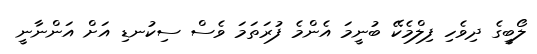
ލޯބީގެ ދިވެހި ފިލްމެކޭ ބުނީމަ އެންމެ ފުރަތަމަ ވެސް ސިކުނޑި އަށް އަންނާނީ